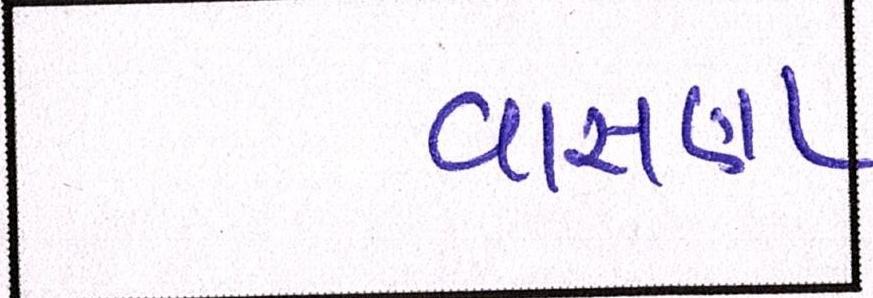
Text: વાસણા